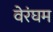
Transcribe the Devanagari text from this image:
वेरंघम